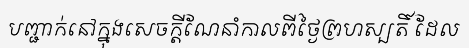
បញ្ជាក់នៅក្នុងសេចក្តីណែនាំកាលពីថ្ងៃព្រហស្បតិ៍ ដែល